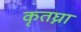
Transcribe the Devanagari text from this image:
कृतघ्ना